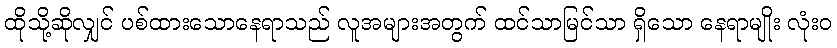
ထိုသို့ဆိုလျှင် ပစ်ထားသောနေရာသည် လူအများအတွက် ထင်သာမြင်သာ ရှိသော နေရာမျိုး လုံးဝ